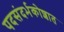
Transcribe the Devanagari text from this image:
पदसंदर्भकोशात